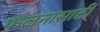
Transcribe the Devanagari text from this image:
फलनासाठी